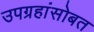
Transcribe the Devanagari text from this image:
उपग्रहांसोबत